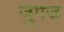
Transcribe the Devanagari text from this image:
जुपज